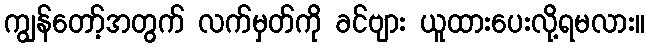
ကျွန်တော့်အတွက် လက်မှတ်ကို ခင်ဗျား ယူထားပေးလို့ရမလား။